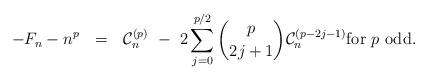
LaTeX: \begin{align*} - F_n - n^p \ \ = \ \ \mathcal{C}_n^{(p)} \ - \ 2\sum_{j=0}^{p/2} \binom{p}{2j+1} \mathcal{C}_n^{(p-2j-1)} \mbox{for $p$ odd}.\end{align*}